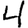
Digit: 4